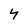
Character: 4